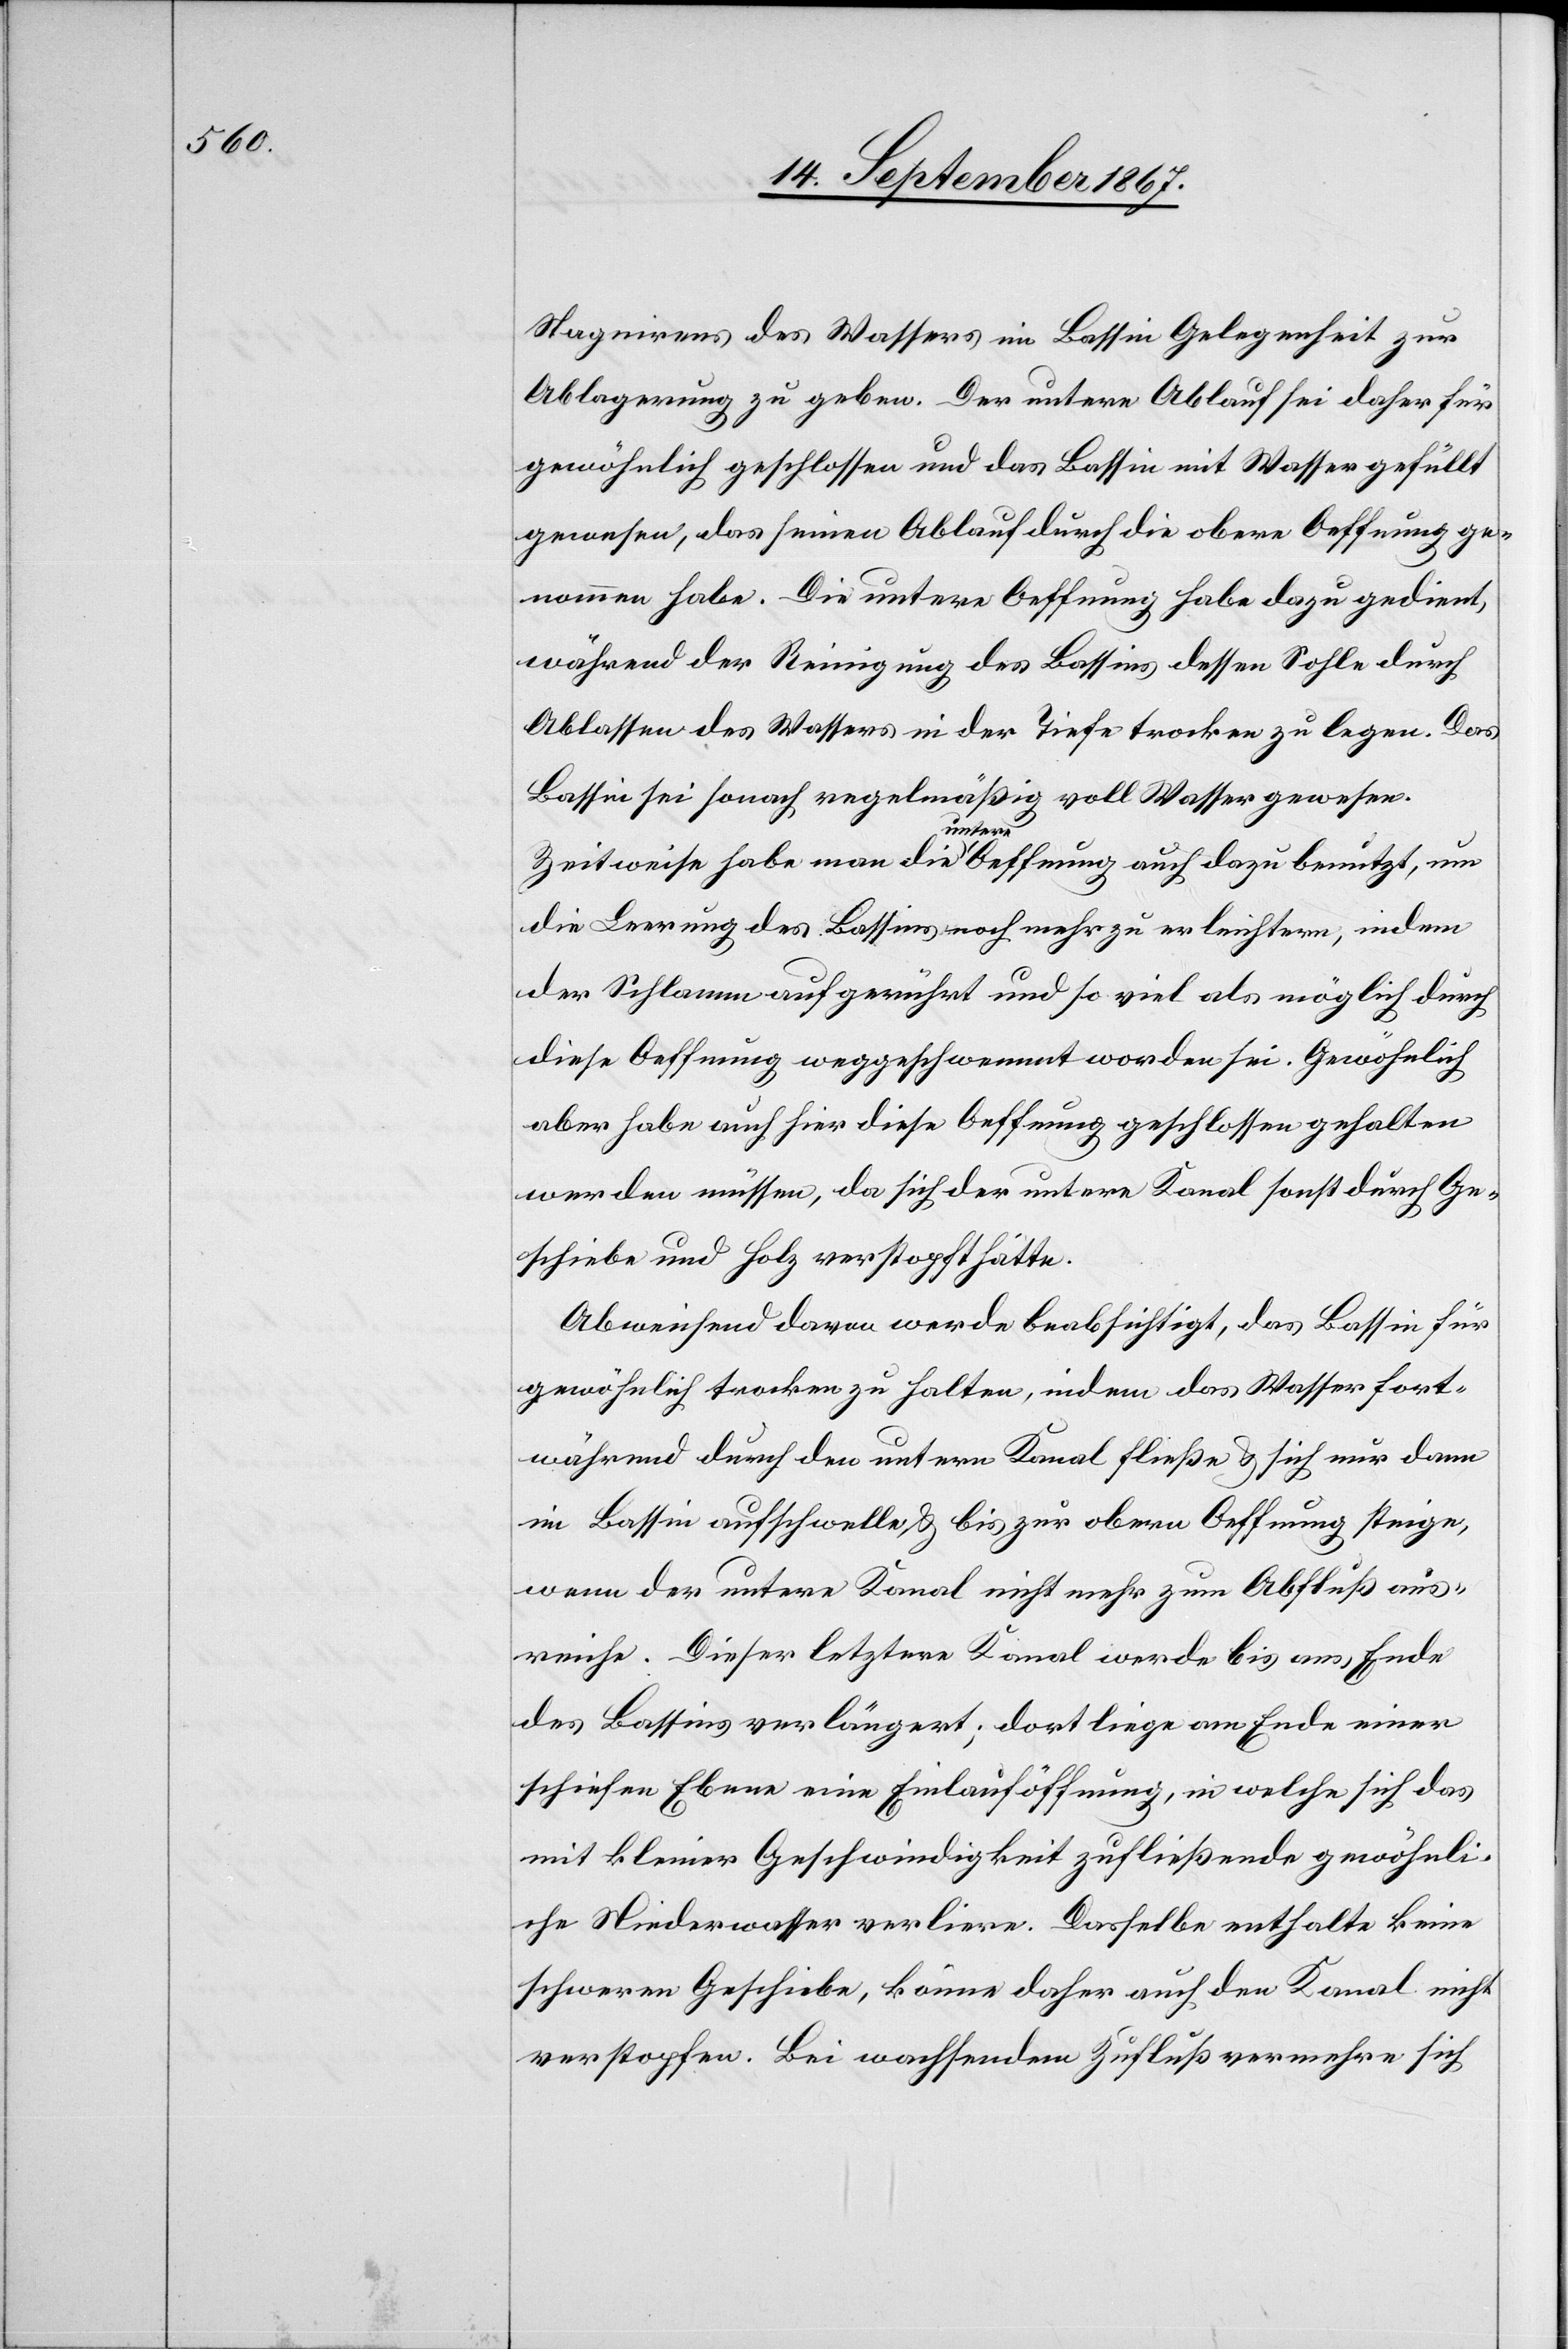
Stagnirens des Wassers im Bassin Gelegenheit zur
Ablagerung zu geben. Der untere Ablauf sei daher für
gewöhnlich geschlossen und das Bassin mit Wasser gefüllt
gewesen, das seinen Ablauf durch die obere Oeffnung ge¬
nommen habe. Die untere Oeffnung habe dazu gedient,
während der Reinigung des Bassins dessen Sohle durch
Ablassen des Wassers in der Tiefe trocken zu legen. Das
Bassin sei sonach regelmäßig voll Wasser gewesen.
Zeitweise habe man die untere Oeffnung auch dazu benutzt, um
die Leerung des Bassins noch mehr zu erleichtern, indem
der Schlamm aufgerührt und so viel als möglich durch
diese Oeffnung weggeschwemmt worden sei. Gewöhnlich
aber habe auch diese Oeffnung geschlossen gehalten
werden müssen, da sich der untere Kanal sonst durch Ge¬
schiebe und Holz verstopft hätte.
Abweichend davon werde beabsichtigt, das Bassin für
gewöhnlich trocken zu halten, indem das Wasser fort¬
während durch den untern Kanal fließen u. sich nur dann
im Bassin aufschwelle, u. bis zur obern Oeffnung steige,
wenn der untere Kanal nicht mehr zum Abfluß aus¬
reiche. Dieser letztere Kanal werde bis ans Ende
des Bassins verlängert; dort liege am Ende einer
schiefen Ebene eine Einlauföffnung, in welche sich das
mit kleiner Geschwindigkeit zufließende gewöhnli¬
che Niederwasser verliere. Dasselbe enthalte keine
schweren Geschiebe, könne daher auch den Kanal nicht
verstopfen. Bei wachsendem Zufluß vermehre sich